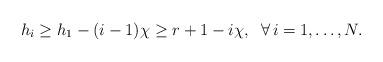
LaTeX: \begin{align*} h_i \geq h_1-(i-1)\chi \geq r+1-i\chi, \; \; \forall\, i=1,\ldots, N.\end{align*}